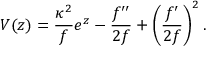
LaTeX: V ( z ) = \frac { { \kappa } ^ { 2 } } { f } e ^ { z } - \frac { f ^ { \prime \prime } } { 2 f } + \left( \frac { f ^ { \prime } } { 2 f } \right) ^ { 2 } .